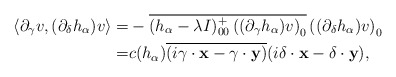
\begin{align*}\langle\partial_\gamma v, (\partial_{\delta}h_{\alpha})v\rangle= & -\overline{(h_{\alpha}-\lambda I)_{00}^{+}\left((\partial_\gamma h_{\alpha})v\right)_{0}}\left((\partial_\delta h_{\alpha})v\right)_{0}\\=& c({h_{\alpha}}) \overline{(i\gamma\cdot\textbf{x}-\gamma\cdot\textbf{y})}(i\delta\cdot\textbf{x}-\delta\cdot\textbf{y}), \end{align*}